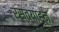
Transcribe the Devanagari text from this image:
रस्त्याहून